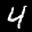
Label: 4